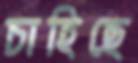
চাহিছে